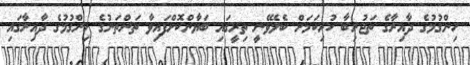
ހިންގުމުގެ ދާއިރާގެ ތަޖުރިބާ ހުރިކަމަށް ބެލެވޭނީ ތިރީގައި ބަޔާންކޮށްފައިވާ ތަންތަނުގެ ހިންގުމުގެ ދާއިރާގައި